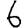
Digit: 6